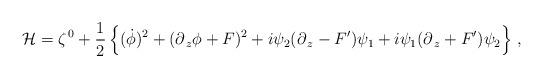
LaTeX: \begin{align*}{\cal H} = \zeta^{\,0}+ \frac{1}{2}\left\{(\dot \phi)^2+(\partial_{\,z} \phi+F)^2 +i\psi_2(\partial_{\,z} - F^\prime)\psi_1+ i \psi_1(\partial_{\,z} +F^\prime)\psi_2\right\}\,,\end{align*}